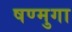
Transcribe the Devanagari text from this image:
षण्मुगा